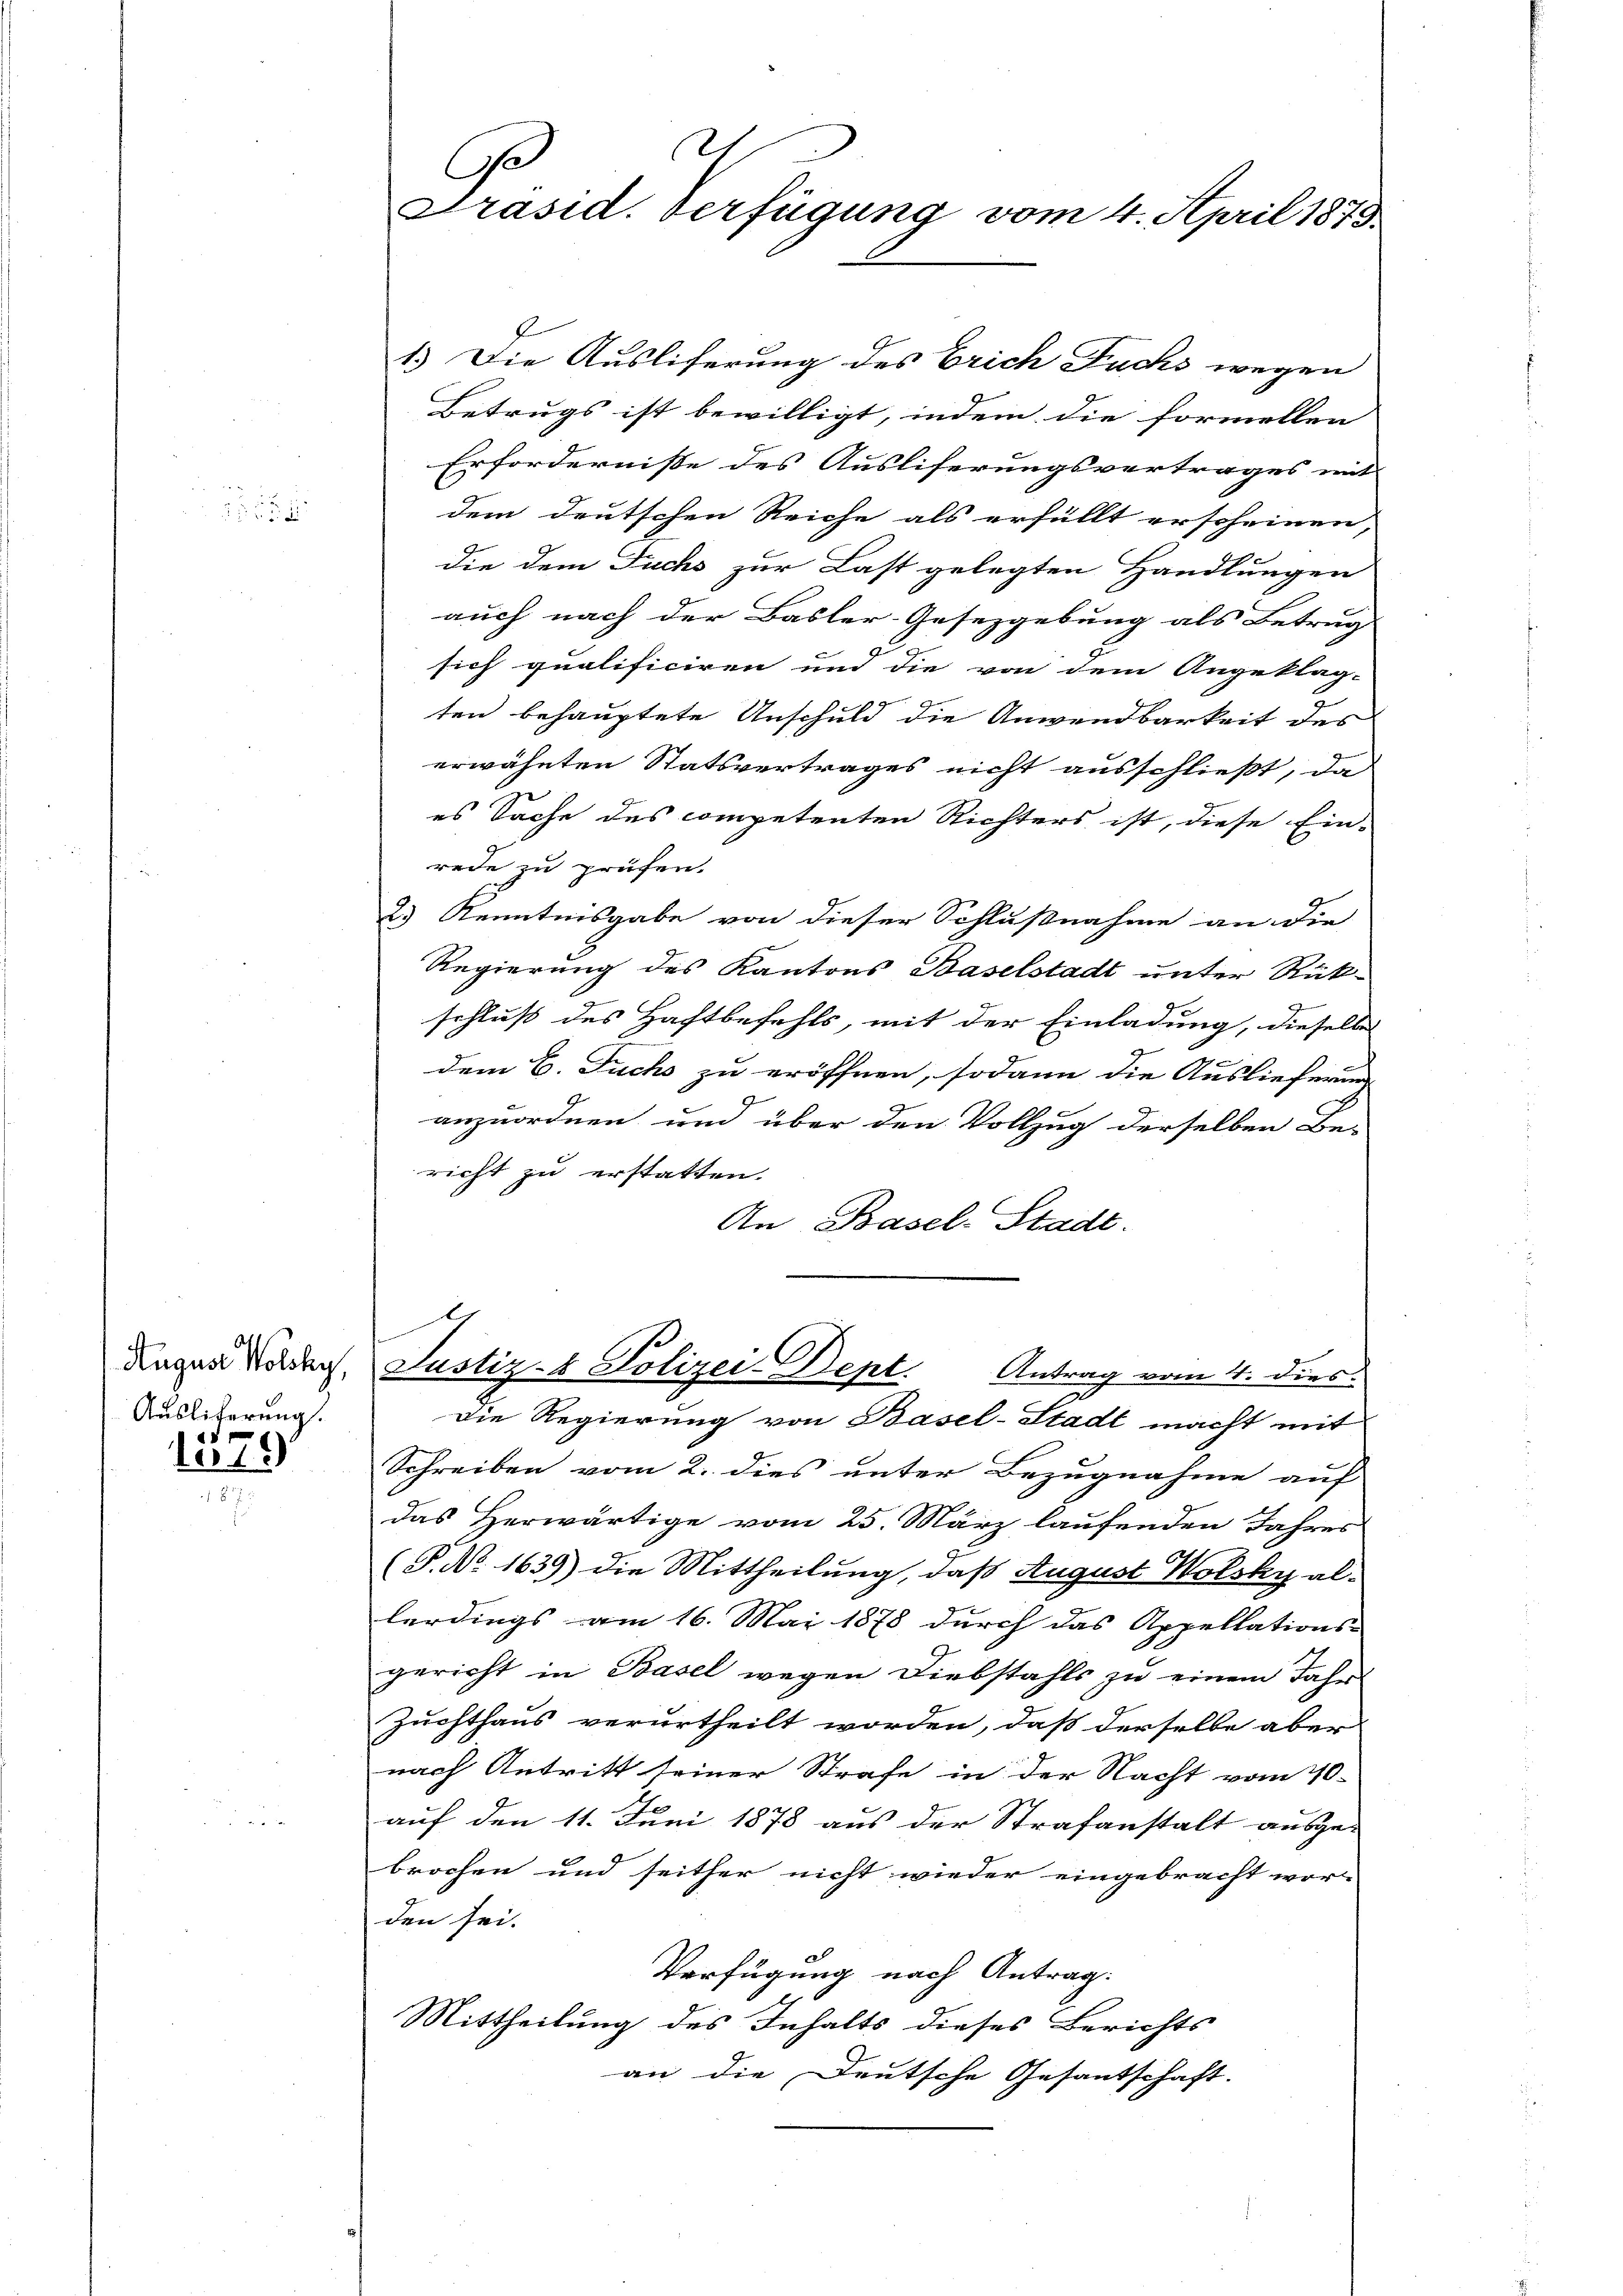
August Wolsky,
Auslieferung.
d

o1.)

d
Ce
Präsid. Verfügung vom 4. April 1873

1.) Die Ausliferung des Erich Fuchs wegen
Betrugs ist bewilligt, indem die formellen |
Erfordernisse des Ausliferungsvertrages mit
dem deutschen Reiche als erfüllt erscheinen,
die dem Fuchs zur Last gelegten Handlungen
auch nach der Basler-Gesezgebung als Betrug
sich qualificiren und die von dem Angeklag-
ten behauptete Anschuld die Anwendbarkeit des
erwähnten Statsvertrages nicht ausschließt, da
es Sache des competenten Richters ist, diese Ein-
rede zu prüfen.
2.) Kenntnisgabe von dieser Schlußnahme an die
Regierung des Kantons Baselstadt unter Rückschluß des Haftbefehls, mit der Einladung, dieselbe
dem C. Fuchs zu eröffnen, sodann die Auslieferung
anzuordnen und über den Vollzug derselben Bei
richt zu erstatten.
An Basel-Stadt.
1
Justiz- & Polizei-Dept. Antrag vom 4. dies
die Regierung von Basel-Stadt macht mit
Schreiben vom 2. dies unter Bezugnahme auf
das Herwärtige vom 25. März laufenden Jahres
(P No. 1639) die Mittheilung, daß August Wolsky al-
lerdings am 16. Mai 1878 durch das Appellations-
gericht in Basel wegen Diebstahls zu einem Jahr
Zuchthaus verurtheilt worden, daß derselbe aber
nach Antritt seiner Strafe in der Nacht vom 10.
auf den 11. Juni 1878 aus der Strafanstalt ausge-
brochen und seither nicht wieder eingebracht wor-
den sei.
Verfügung nach Antrag.
Mittheilung des Inhalts dieses Berichts
an die Deutsche Gesantschaft.